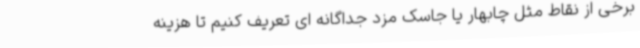
برخی از نقاط مثل چابهار یا جاسک مزد جداگانه ای تعریف کنیم تا هزینه